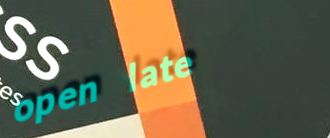
open late